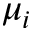
\mu _ { i }